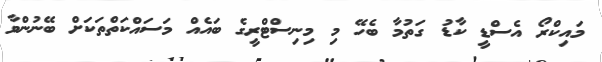
މައިކްރޯ އެސްޑީ ކާޑު ގަތުމާ ބެހޭ މި މިނިސްޓްރީގެ ބައެއް މަސައްކަތްތަކަށް ބޭނުންވާ